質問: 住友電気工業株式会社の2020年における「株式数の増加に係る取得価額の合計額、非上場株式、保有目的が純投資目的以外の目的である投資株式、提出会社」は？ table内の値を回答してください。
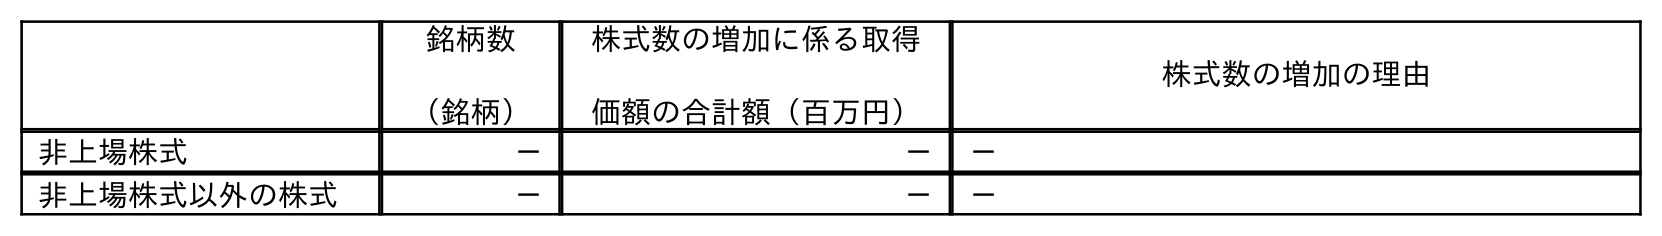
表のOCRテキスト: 銘柄数 （銘柄） 株式数の増加に係る取得 価額の合計額（百万円） 株式数の増加の理由 非上場株式 － － － 非上場株式以外の株式 － － －
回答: －